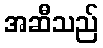
အဆီသည်